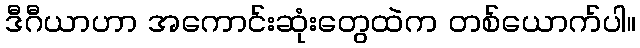
ဒီဂီယာဟာ အကောင်းဆုံးတွေထဲက တစ်ယောက်ပါ။